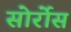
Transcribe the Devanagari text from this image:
सोर्रोस